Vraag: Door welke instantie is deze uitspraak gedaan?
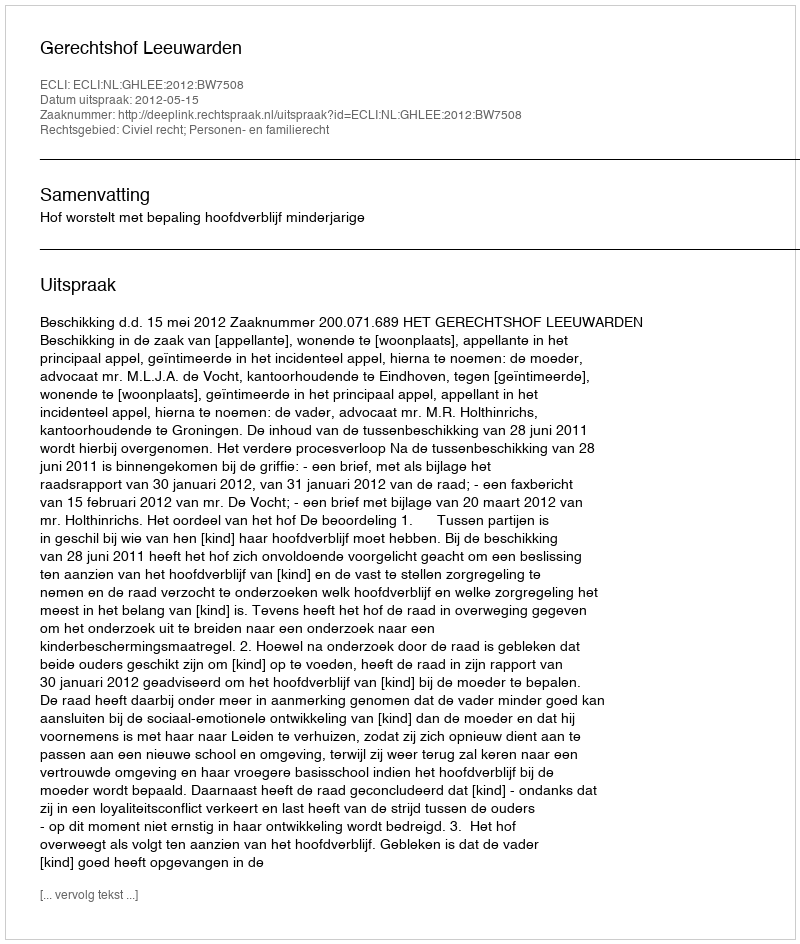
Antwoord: Gerechtshof Leeuwarden